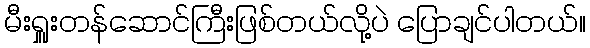
မီးရှူးတန်ဆောင်ကြီးဖြစ်တယ်လို့ပဲ ပြောချင်ပါတယ်။